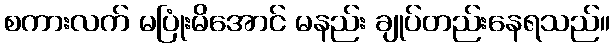
စကားလက် မပြုံးမိအောင် မနည်း ချုပ်တည်းနေရသည်။